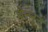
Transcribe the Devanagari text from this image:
बेन्नुर